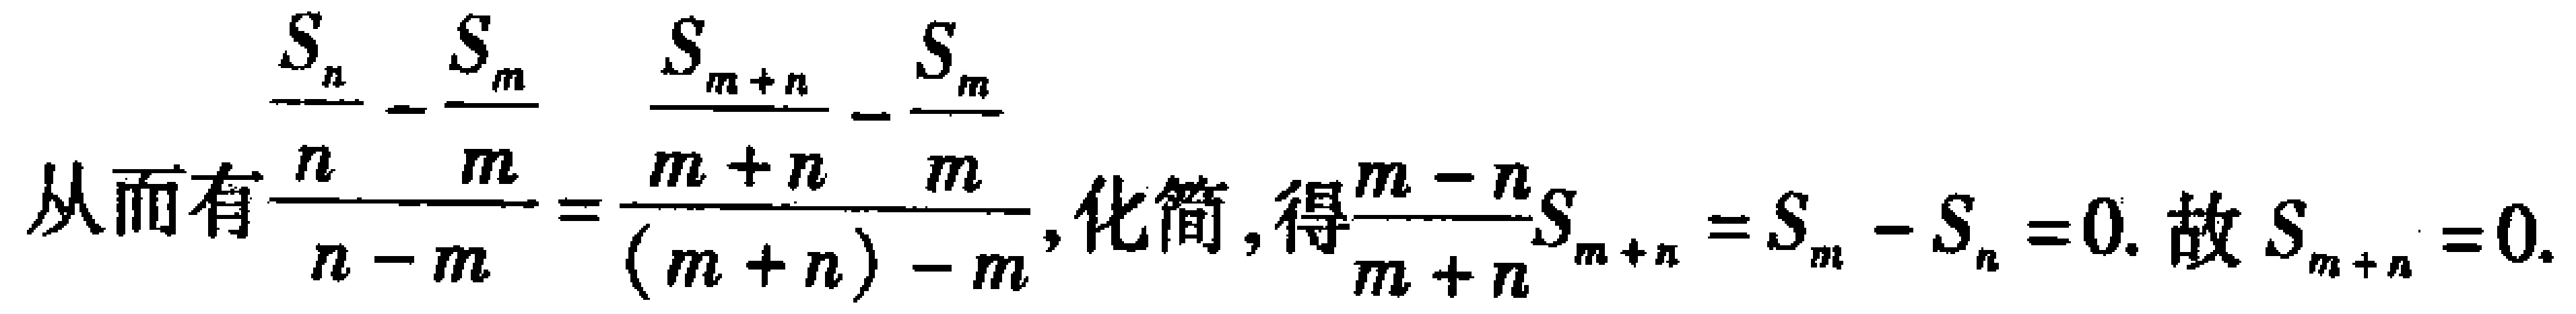
\(\frac{S_{n}}{n}-\frac{S_{m}}{m}=\frac{S_{m + n}}{m + n}-\frac{S_{m}}{m}\)
从而有\(\frac{n}{n - m}=\frac{m + n}{(m + n)-m}\)，化简，得\(\frac{m - n}{m + n}S_{m + n}=S_{m}-S_{n}=0\). 故\(S_{m + n}=0\).